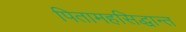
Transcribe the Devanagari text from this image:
पितामहसिद्धान्त